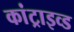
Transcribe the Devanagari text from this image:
कांट्राइव्ड